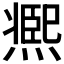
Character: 𤎹